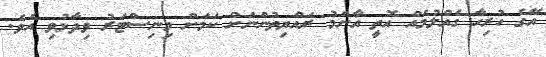
އޭގެ ހުރިހާ ގެއްލުމެއް އޮތީ އާންމު ރައްޔިތުންނަށް ކަމަށް މިނިސްޓަރު ވިދާޅުވި އެވެ.